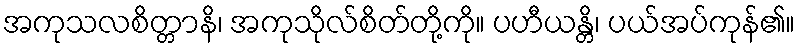
အကုသလစိတ္တာနိ၊ အကုသိုလ်စိတ်တို့ကို။ ပဟီယန္တိ၊ ပယ်အပ်ကုန်၏။